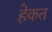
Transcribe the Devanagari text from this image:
हेकत